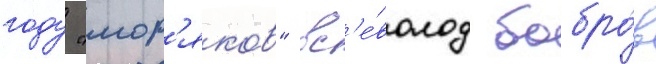
году "мор'яко́в" вс'е́волод бобро́в